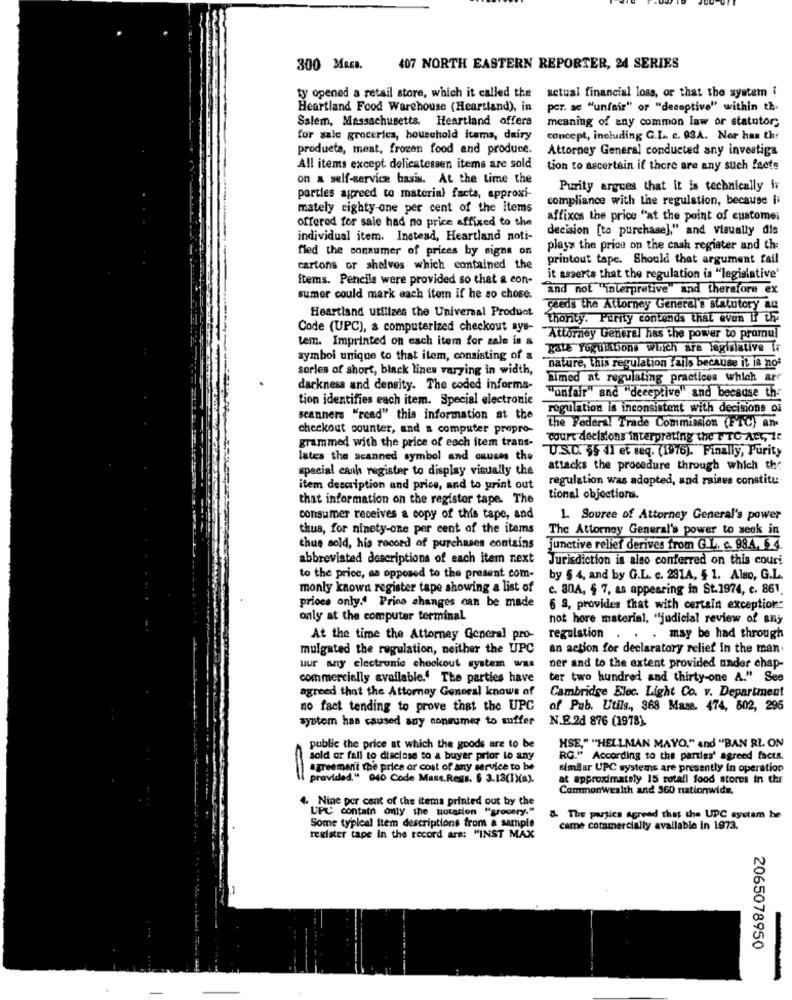
300 MACB.
407 NORTH EASTERN REPORTER, 24 SERIES
ty opened a retail store, which it called the actual financial loss, or that the system i
Heartland Food Warehouse (Heartland), in
per. ac "unfair" or "deceptive" within th.
Salem, Massachusetts. Heartland offers
meaning of any common law or statutor;
for sale groceries, household items, dairy
concept, including G.L .. c. 03A. Nor has thr
products, meat, frozen food and produce.
Attorney General conducted any investiga
All items except delicatessen items are sold
tion to ascertain if there are any such facts
on a self-service basis. At the time the
Purity argues that it is technically ir
portles agreed to material facts, approxi-
compliance with the regulation, because ii
mately eighty-one per cent of the items
offered for sale had no price affixed to the
affixes the price "at the point of euatomei
decision [to purchase]," and visually dis
individual item. Instead, Heartland noti-
fied the sonnumer of prices by signs on
play> the price on the cash register and the
printout tape. Should that argument fail
cartons or shelves which contained the
items. Pencils were provided so that a con-
it asserts that the regulation is "legislative'
and not "interpretive" and therefore ex
sumer could mark each item if he so chose.
Heartland utilizes the Universal Product
ceeds the Attorney General's statutory an
thority. Purity contends that even If the
Code (UPC), a computerized checkout ays-
tem. Imprinted on each item for sale in a
Attorney General has the power to promul
yate Yogulations winch are legislative If
symbol unique to that item, consisting of a
sorles of short, black lines varying in width,
nature, This regulation fails because it is not
Simed at regulating practices which arr
darkness and density. The coded informa-
tion identifies each item. Special electronic
"unfair" and "deceptive" and because the
regulation is inconsistent with decisions of
scanners "read" this information at the
checkout counter, and a computer propro-
the Federal Trade Commission (FTC) an.
court decisions interpreting the PTC Act, 10
grammed with the price of each item trans-
U.S.C. 55 dl et seq. (1976). Finally, Purity
lates the acanned symbol and causes the
special cash register to display visually the
attacks the procedure through which the
regulation was adopted, and raises constitu.
item description and price, and to print out
that information on the registor tape. The
tional objectiona.
consumer receives a copy of this tape, and
1. Souree of Attorney General's power
thus, for ninety-one per cent of the items
The Attorney General's power to seek in
thue sold, his record of purchases contains
junctive relief derives from G.L. c. 984, 6 4.
abbreviated descriptions of each item next
Jurisdiction is also conferred on this couri
to the price, as opposed to the present com-
by § 4, and by G.L. c. 281A, $ 1. Also, G.L.
monly known register tape showing a list of
c. 30A, § 7, as appearing in St.1974, c. 861
prices only." Prins changes can be made
6 9, provides that with certain exception
only at the computer terminal
not hore material, "judicial review of any
At the time the Attorney General pro-
regulation . . . may be had through
mulgated the regulation, neither the UPC
an action for declaratory relief in the man
uur any electronic checkout system was
ner and to the extent provided under chap-
commercially available.' The parties have
ter two hundred and thirty-one A." See
agreed that the Attorney General knows of
Cambridge Elec. Light Co. v. Department
no fact tending to prove that the UPC
of Pub. Utils, 368 Maxs. 474, 502, 295
system has caused say consumer to suffer
N.B.28 876 (1978).
public the price at which the goods are to be
"SE," "HELLMAN MAYO," and "BAN RL ON
sold or fall to disclose to a buyer prior to any
RG." According to the parties' agreed facts.
agreement the price or cost of any service to be
similar UPC systems are presently in operation
provided." 940 Code Mass.Ress. $ 3.13(1)(a).
at approximately 15 rotall food stores in the
Commonwealth and 360 nationwide.
4. Nine per cent of the items printed out by the
UPC contain only the notarion "grocery."
& The parties agreed that the UPC system he
Some typical item descriptions from a sample
came commercially available in 1973.
register tape In the record ars: "INST MAX
1
2065078950